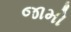
જામો